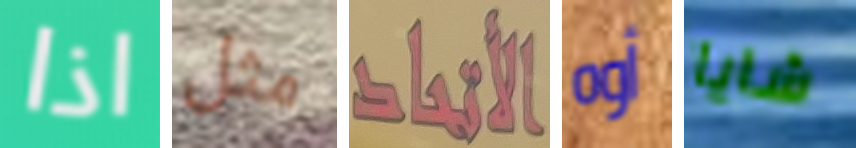
اذا مثل الأتحاد أوه شايا